Annual statistical returns and brief notes on vaccination in Bengal - 1887-1898
Year: 1887
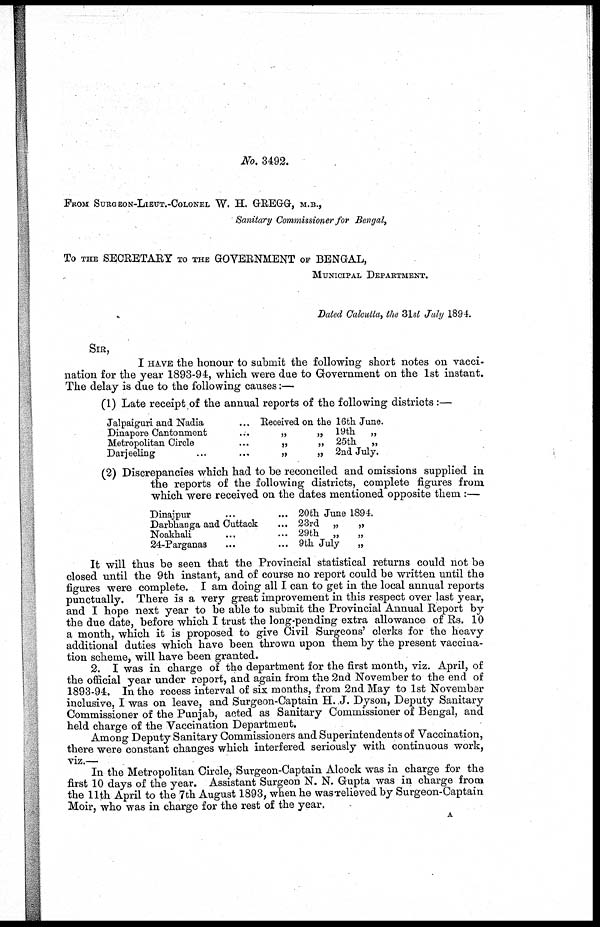
No. 3492.
FROM SURGEON-LIEUT.-COLONEL W. H. GREGG, M.B.,
Sanitary Commissioner for Bengal,
To THE SECRETARY To THE GOVERNMENT OF BENGAL,
MUNICIPAL DEPARTMENT.
Dated Calcutta, the 31st July 1894.
SIR,
I HAVE the honour to submit the following short notes on vacci-
nation for the year 1893-94, which were due to Government on the 1st instant.
The delay is due to the following causes:—
(1) Late receipt of the annual reports of the following districts:—
Jalpaiguri and Nadia ...
Dinapore Cantonment ...
Metropolitan Circle
Darjeeling ... ...
Received on the 16th June.
„
„ 19th „
„
„ 25th „
„
„ 2nd July.
(2) Discrepancies which had to be reconciled and omissions supplied in
the reports of the following districts, complete figures from
which were received on the dates mentioned opposite them :—
Dinajpur ... ...
Darbhanga and Cuttack ...
Noakhali
... ...
24-Parganas
20th June 1894.
23rd „
„
29th „
„
9th July
„
It will thus be seen that the Provincial statistical returns could not be
closed until the 9th instant, and of course no report could be written until the
figures were complete. I am doing all I can to get in the local annual reports
punctually. There is a very great improvement in this respect over last year,
and I hope next year to be able to submit the Provincial Annual Report by
the due date, before which I trust the long-pending extra allowance of Rs. 10
a month, which it is proposed to give Civil Surgeons clerks for the heavy
additional duties which have been thrown upon them by the present vaccina¬
tion scheme, will have been granted.
2. I was in charge of the department for the first month, viz. April, of
the official year under report, and again from the 2nd November to the end of
1893-94. In the recess interval of six months, from 2nd May to 1st November
inclusive, I was on leave, and Surgeon-Captain H. .J. Dyson, Deputy Sanitary
Commissioner of the Punjab, acted as Sanitary Commissioner of Bengal, and
held charge of the Vaccination Department.
Among Deputy Sanitary Commissioners and Superintendents of Vaccination,
there were constant changes which interfered seriously with continuous work,
viz.—
In the Metropolitan Circle, Surgeon-Captain Alcock was in charge for the
first 10 days of the year. Assistant Surgeon N. N. Gupta was in charge from
the 11th April to the 7th August 1893, when he was relieved by Surgeon-Captain
Moir, who was in charge for the rest of the year.
A